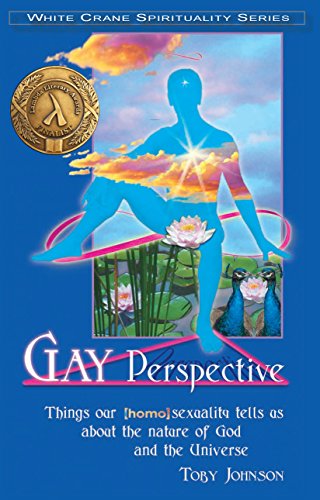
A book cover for Gay Perspective: Things Our Homosexuality Tells Us about the Nature of God and the Universe (White Crane Spirituality); Toby Johnson; Religion & Spirituality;